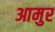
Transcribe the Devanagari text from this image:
आमुर